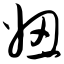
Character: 妞